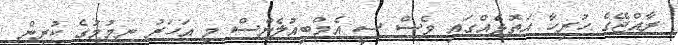
ރާއްޖޭގެ ހުރިހާ އަތޮޅެއްގައި ވެސް ސީ އެމްބިއުލެންސް މި އަހަރު ނިމުމުގެ ކުރިން